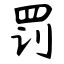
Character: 罚